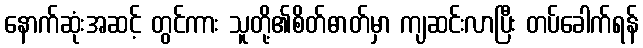
နောက်ဆုံးအဆင့် တွင်ကား သူတို့၏စိတ်ဓာတ်မှာ ကျဆင်းလာပြီး တပ်ခေါက်ရန်